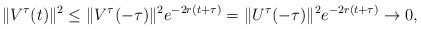
LaTeX: \begin{align*}\Vert V^{\tau }(t)\Vert ^{2}\leq \Vert V^{\tau }(-\tau )\Vert^{2}e^{-2r(t+\tau )}=\Vert U^{\tau }(-\tau )\Vert ^{2}e^{-2r(t+\tau)}\rightarrow 0,\end{align*}